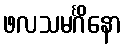
ဖလသမင်္ဂိနော